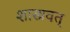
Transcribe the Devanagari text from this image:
शास्त्रवत्‌